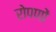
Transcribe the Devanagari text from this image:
रोपणों